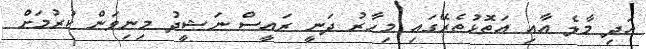
އަދި މާލެ އާއި އަތޮޅުތެރޭގައި މިހާރު ދަނީ ރައީސް ނަޝީދު މިނިވަން ކުރުމަށް